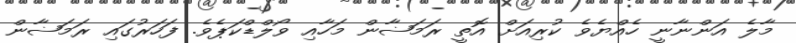
މާލެ އަންނާނީ ހެއްޔެވެ ކުރިއަށް އޮތީ ރަމަޟާން މަހާއި ވޯލްޑްކަޕެވެ. ފަހަރުގައި ރަމަޟާން